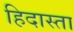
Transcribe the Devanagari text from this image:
हिदास्ता